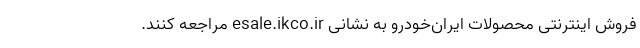
فروش اینترنتی محصولات ایران‌خودرو به نشانی esale.ikco.ir مراجعه کنند.